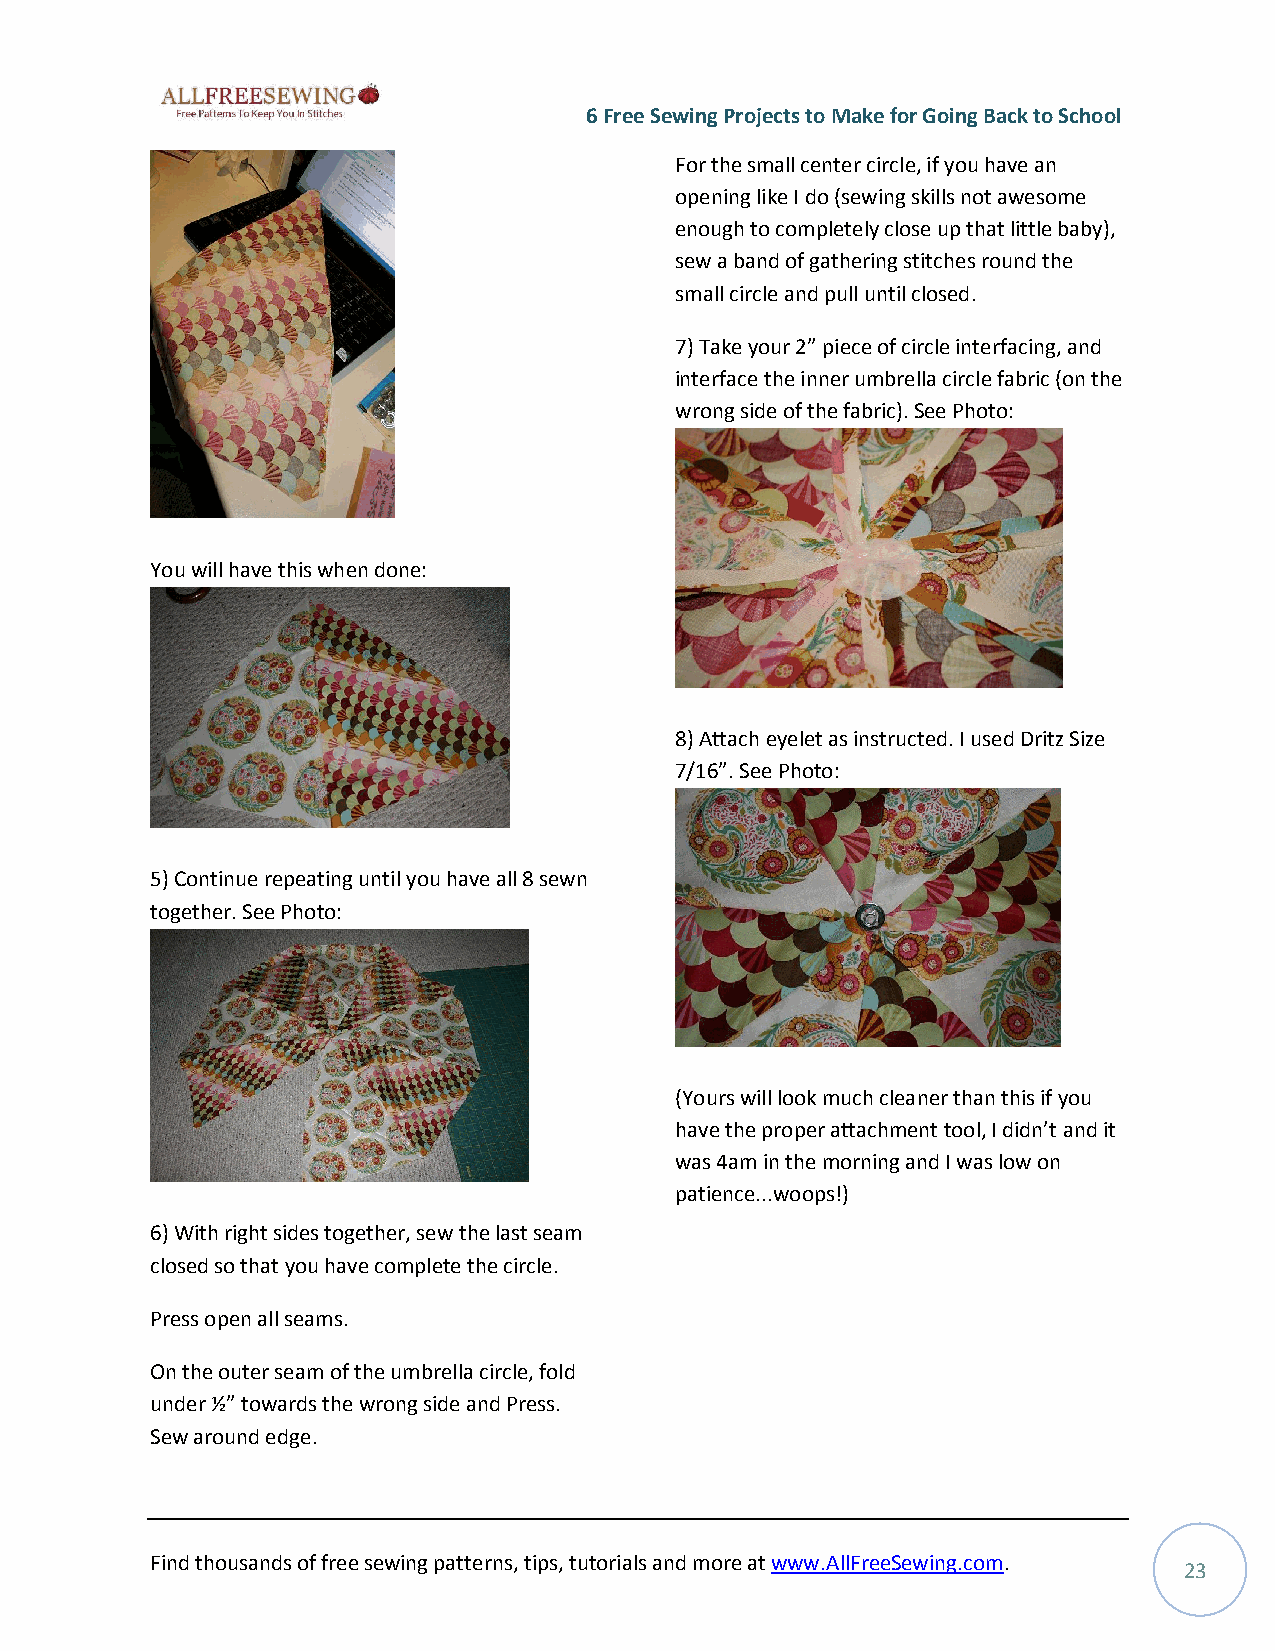
6 Free Sewing Projects to Make for Going Back to School
 For the small center circle, if you have an
 opening like I do (sewing skills not awesome
 enough to completely close up that little baby),
 sew a band of gathering stitches round the
 small circle and pull until closed.
 7) Take your 2” piece of circle interfacing, and
 interface the inner umbrella circle fabric (on the
 wrong side of the fabric). See Photo:
 You will have this when done:
 8) Attach eyelet as instructed. I used Dritz Size
 7/16”. See Photo:
 5) Continue repeating until you have all 8 sewn
 together. See Photo:
 (Yours will look much cleaner than this if you
 have the proper attachment tool, I didn’t and it
 was 4am in the morning and I was low on
 patience...woops!)
 6) With right sides together, sew the last seam
 closed so that you have complete the circle.
 Press open all seams.
 On the outer seam of the umbrella circle, fold
 under ½” towards the wrong side and Press.
 Sew around edge.
 Find thousands of free sewing patterns, tips, tutorials and more at www.AllFreeSewing.com.
 23